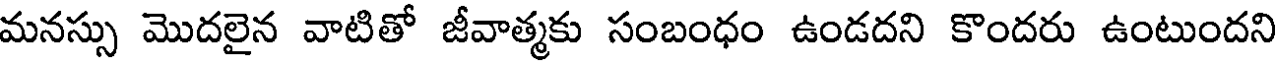
మనస్సు మొదలైన వాటితో జీవాత్మకు సంబంధం ఉండదని కొందరు ఉంటుందని